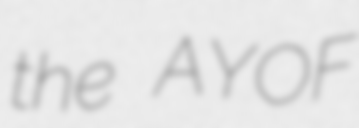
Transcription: the AYOF